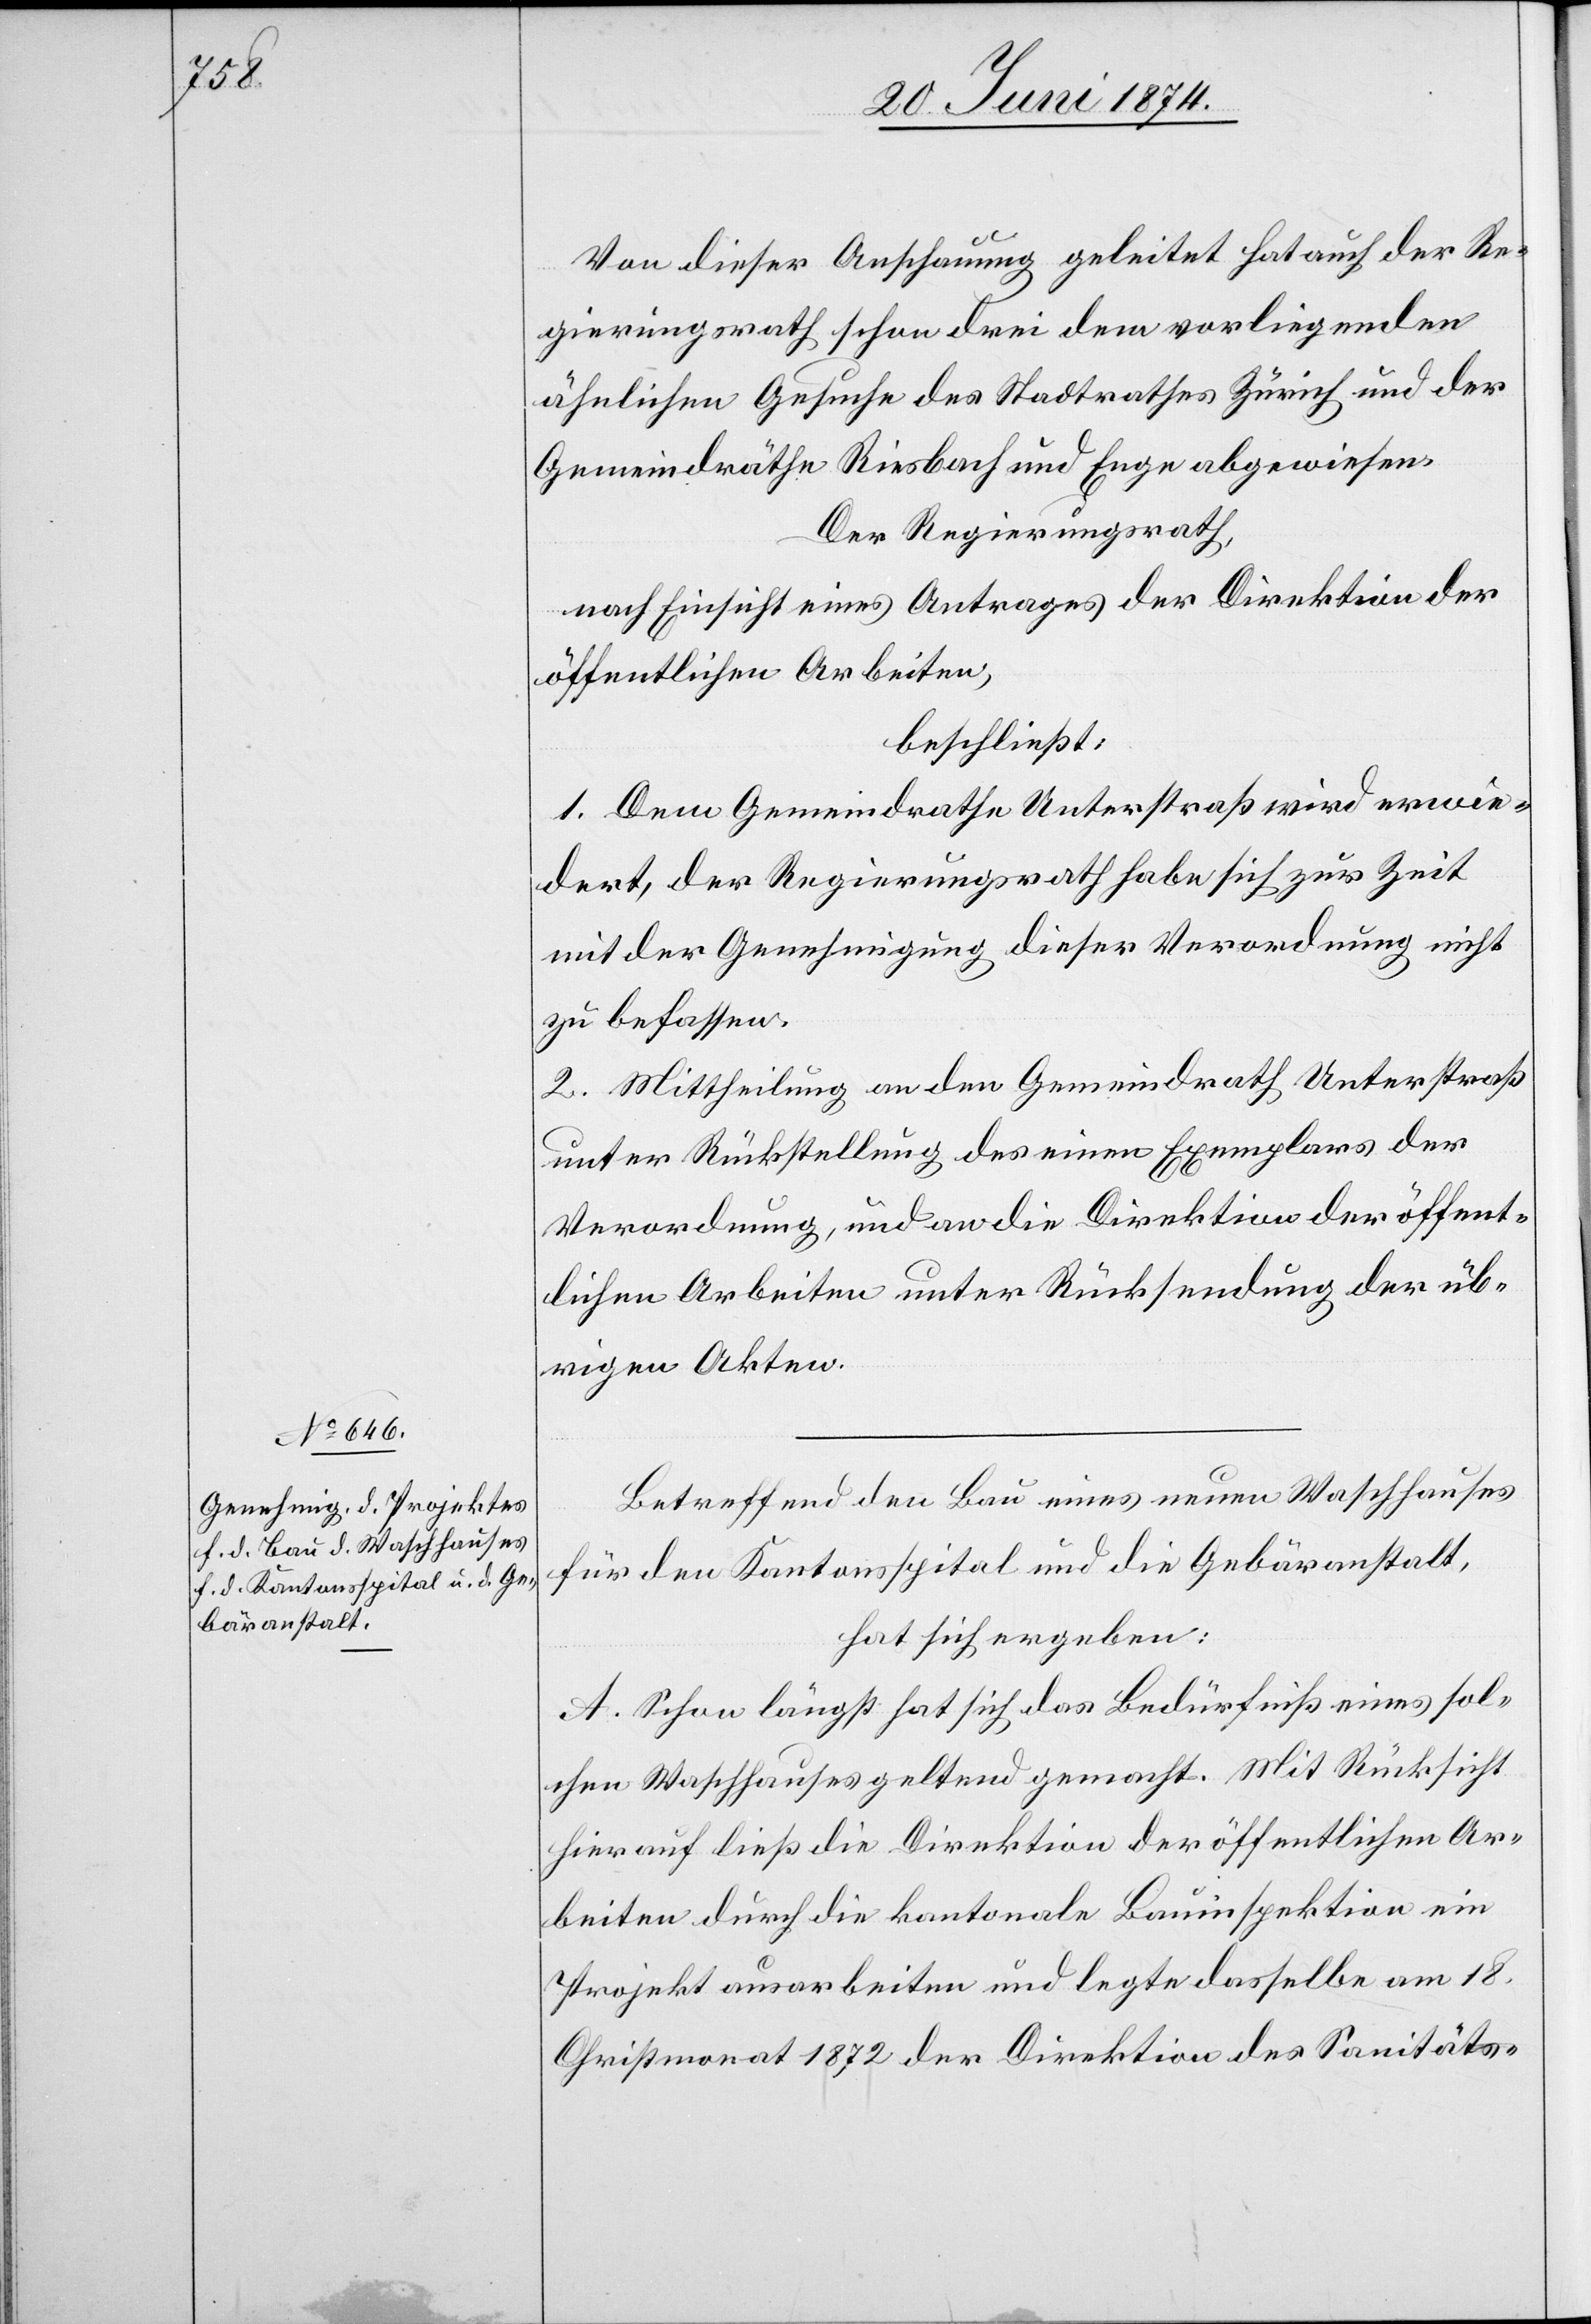
Von dieser Anschauung geleitet hat auch der Re¬
gierungsrath schon drei dem vorliegenden
ähnlichen Gesuch des Stadtrathes Zürich und der
Gemeindräthe Riesbach und Enge abgewiesen.
Der Regierungsrath,
nach Einsicht eines Antrages der Direktion der
öffentlichen Arbeiten,
beschließt:
1. Dem Gemeindrathe Unterstraß wird erwie¬
dert, der Regierungsrath habe sich zur Zeit
mit der Genehmigung dieser Verordnung nicht
zu befassen.
2. Mittheilung an den Gemeindrath Unterstraß
unter Rückstellung des einen Exemplars der
Verordnung, und an die Direktion der öffent¬
lichen Arbeiten unter Rücksendung der üb¬
rigen Akten.
Betreffend den Bau eines neuen Waschhauses
für den Kantonsspital und die Gebäranstalt,
hat sich ergeben:
A. Schon längst hat sich das Bedürfniß eines sol¬
chen Waschhauses geltend gemacht. Mit Rücksicht
hierauf ließ die Direktion der öffentlichen Ar¬
beiten durch die kantonale Bauinspektion ein
Projekt ausarbeiten und legte dasselbe am 18.
Christmonat 1872 der Direktion des Sanitäts-